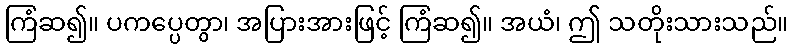
ကြံဆ၍။ ပကပ္ပေတွာ၊ အပြားအားဖြင့် ကြံဆ၍။ အယံ၊ ဤ သတိုးသားသည်။